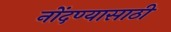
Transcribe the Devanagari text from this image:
नोंदण्यासाठी